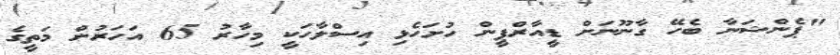
"ޕެންޝަނާ ބެހޭ ގާނޫނަށް ޑީއާރްޕީން ހުށަހެޅި އިސްލާހަކީ މިހާރު 65 އަހަރުން މަތީގެ